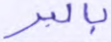
بالبر